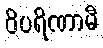
ဝိပရိဏာမီ